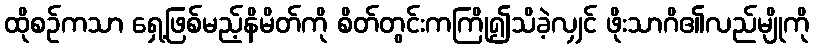
ထိုစဉ်ကသာ ရှေ့ဖြစ်မည့်နိမိတ်ကို စိတ်တွင်းကကြို၍သိခဲ့လျှင် ဖိုးသာဂိ၏လည်မျိုကို